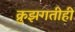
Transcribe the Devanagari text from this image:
क्रुझगतीही